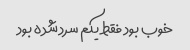
خوب بود فقط یکم سرد شده بود